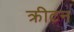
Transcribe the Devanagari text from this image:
क्रीटन